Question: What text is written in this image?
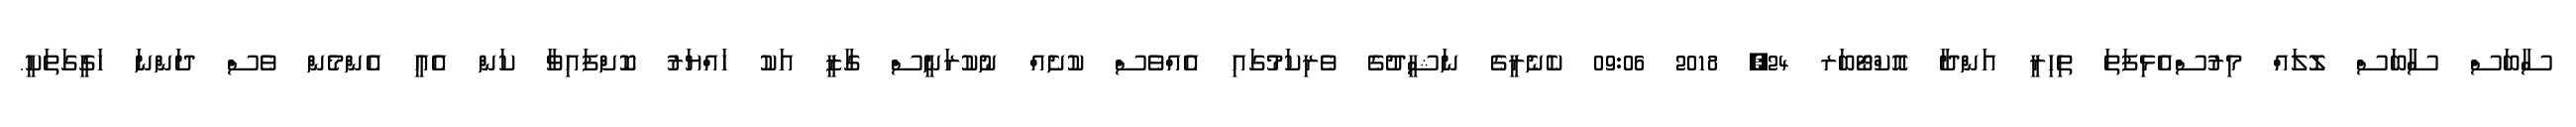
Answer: ސާބަސް ސާބަސް ލޮލައް މިރުސްއެޅިފަތަ ތިހިރީ އަންދާ އޮކްޓޯބަރ 24, 2018 09:06 ކެނެރީގެ ނަޝީދުގެ ވެރިކަމުގައި އެއްވެސް ކުށެއް ނުކުރަނީސް ގާޒީ އަކު ހައްޔަރު ކޮށްފައިވާ ކަން އެއީ އެންމެން ވެސް ދަންނަ ހަގީގަތަކީ.